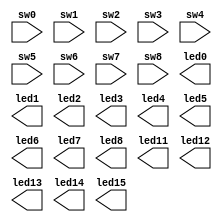
`timescale 1ns / 1ps
//////////////////////////////////////////////////////////////////////////////////
// Company: 
// Engineer: 
// 
// Design Name: 
// Module Name: Board_interface
// Project Name: 
// Target Devices: 
// Tool Versions: 
// Description: 
// 
// Dependencies: 
// 
// Revision:
// Revision 0.01 - File Created
// Additional Comments:
// 
//////////////////////////////////////////////////////////////////////////////////


module Board_interface(
    input sw0,
    input sw1,
    input sw2,
    input sw3,
    input sw4,
    input sw5,
    input sw6,
    input sw7,
    input sw8,
    output led0,
    output led1,
    output led2,
    output led3,
    output led4,
    output led5,
    output led6,
    output led7,
    output led8,
    output led11,
    output led12,
    output led13,
    output led14,
    output led15
    );
endmodule